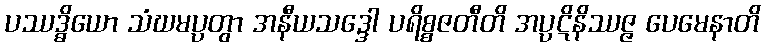
ပဿဒ္ဓိယော သံဃမပ္ပတွာ အနီယသဒ္ဒေါ ပရိစ္စဇတီတိ အပ္ပဋိနိဿဇ္ဇ ပေမေနာတိ